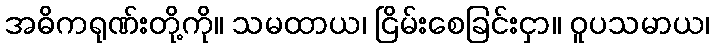
အဓိကရုဏ်းတို့ကို။ သမထာယ၊ ငြိမ်းစေခြင်းငှာ။ ဝူပသမာယ၊